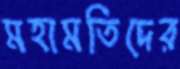
মহামতিদের